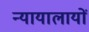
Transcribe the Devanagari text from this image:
न्यायालायों